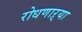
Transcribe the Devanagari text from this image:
रोधणाऱ्या